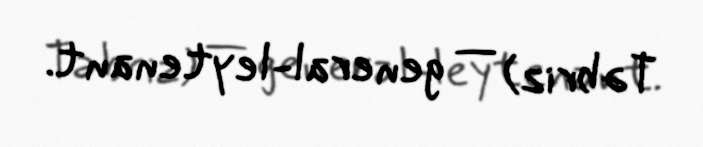
Təbriz) — general-leytenant.